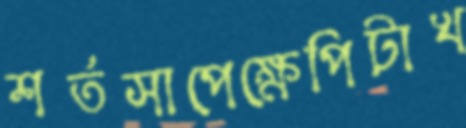
শর্তসাপেক্ষেপিটাখ